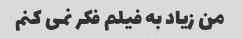
من زیاد به فیلم فکر نمی کنم